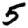
Digit: 5